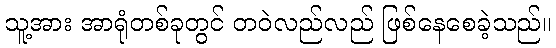
သူ့အား အာရုံတစ်ခုတွင် တဝဲလည်လည် ဖြစ်နေစေခဲ့သည်။